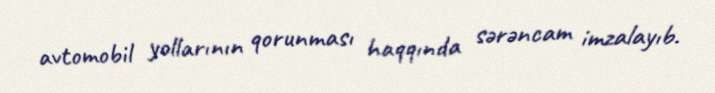
avtomobil yollarının qorunması haqqında sərəncam imzalayıb.